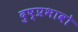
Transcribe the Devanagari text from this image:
दुष्प्रभावो